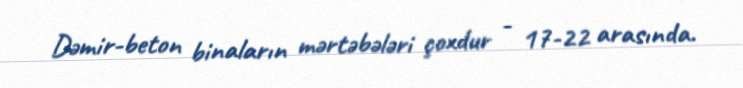
Dəmir-beton binaların mərtəbələri çoxdur - 17-22 arasında.